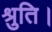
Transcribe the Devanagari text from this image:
श्रुति।